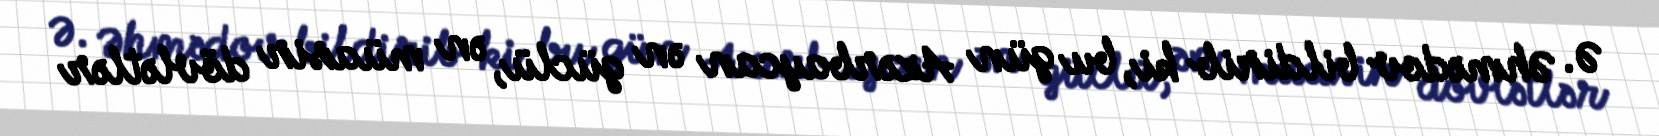
Ə. Əhmədov bildirib ki, bu gün Azərbaycan ən güclü, ən müasir dövlətlər